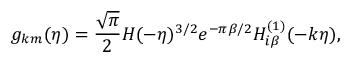
g _ { k m } ( \eta ) = \frac { \sqrt { \pi } } { 2 } H ( - \eta ) ^ { 3 / 2 } e ^ { - \pi \beta / 2 } H _ { i \beta } ^ { ( 1 ) } ( - k \eta ) ,